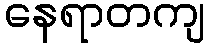
နေရာတကျ